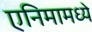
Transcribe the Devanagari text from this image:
एनिमामध्ये